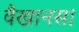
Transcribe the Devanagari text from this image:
वैखानस।